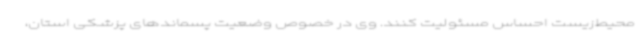
محیط‌زیست احساس مسئولیت کنند. وی در خصوص وضعیت پسماندهای پزشکی استان،